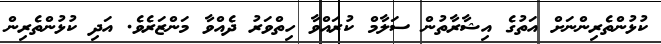
ކުޅުންތެރިންނަށް އަތުގެ އިޝާރާތުން ސަލާމް ކުރައްވާ ހިތްވަރު ދެއްވާ މަންޒަރެެވެ. އަދި ކުޅުންތެރިން